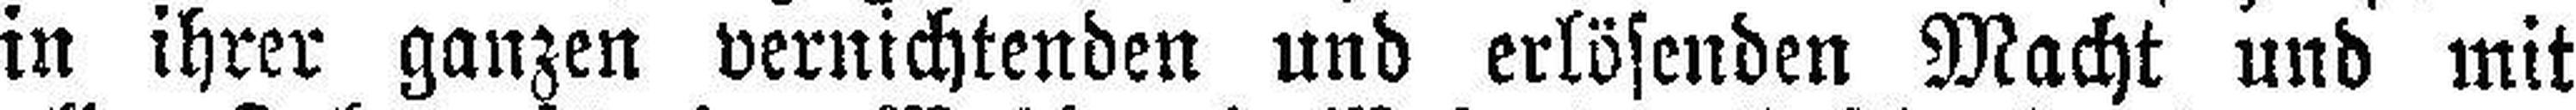
in ihrer ganzen vernichtenden und erlösenden Macht und mit